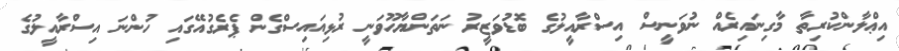
އިޢްލާންކުރިތާ މާގިނައިރެއް ނުވަނީސް އިސްރާއީލުގެ ބޮޑުވަޒީރު ނަތަންޔާހޫވަނީ ރުޅިއައިސްގެން ޕެރެގުއޭގައި ހުންނަ އިސްރާއީލުގެ